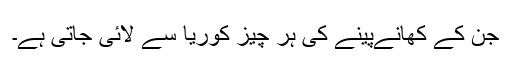
جن کے کھانےپینے کی ہر چیز کوریا سے لائی جاتی ہے۔